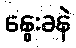
နွေးခနဲ